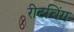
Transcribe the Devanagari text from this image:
रीटचिंग